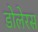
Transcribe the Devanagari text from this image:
डोलेरस